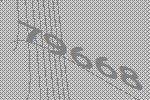
79668